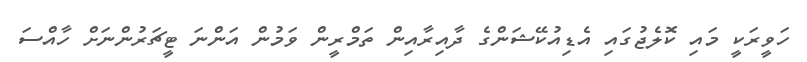
ހަވީރަކީ މައި ކޮލެޖުގައި އެޑިއުކޭޝަންގެ ދާއިރާއިން ތަމްރީން ވަމުން އަންނަ ޓީޗަރުންނަށް ހާއްސަ